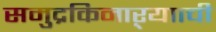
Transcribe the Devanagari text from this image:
समुद्रकिनाऱ्यााची